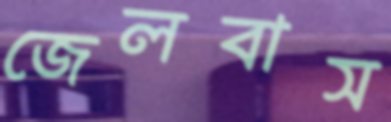
জেলবাস